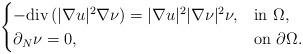
LaTeX: \begin{align*}\begin{cases}-\mbox{div}\left(|\nabla u|^2\nabla\nu\right)=|\nabla u|^2|\nabla\nu|^2\nu, & \mbox{in } \Omega,\\\partial_N\nu=0, &\mbox{on } \partial\Omega.\end{cases}\end{align*}